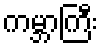
ကမ္ဘာကြီး